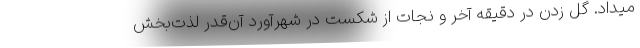
میداد. گل زدن در دقیقه آخر و نجات از شکست در شهرآورد آن‌قدر لذت‌بخش